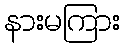
နားမကြား